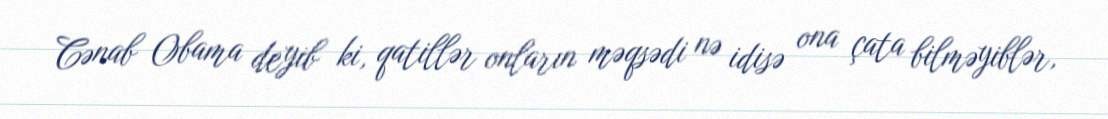
Cənab Obama deyib ki, qatillər onların məqsədi nə idisə ona çata bilməyiblər,